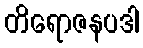
တိရောဇနပဒါ